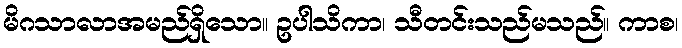
မိဂသာလာအမည်ရှိသော။ ဥပါသိကာ၊ သီတင်းသည်မသည်။ ကာစ၊